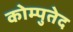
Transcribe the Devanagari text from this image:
कोम्पुतेद